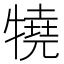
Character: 㹓